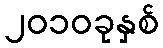
၂၀၁၀ခုနှစ်